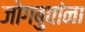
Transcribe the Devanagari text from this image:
जोगबुवांना